Indian journal of veterinary science and animal husbandry - Volume 3,
Year: 1933
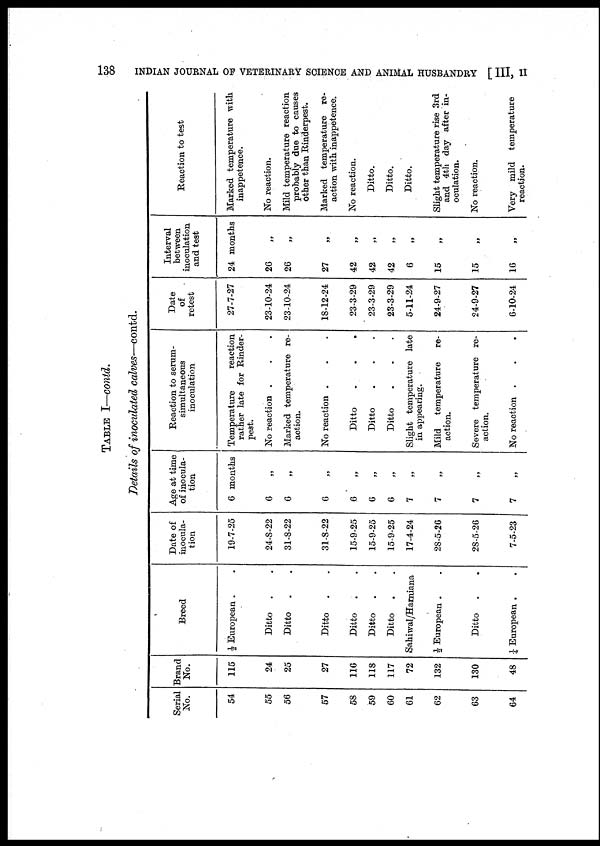
138
INDIAN JOURNAL OF VETERINARY SCIENCE AND ANIMAL HUSBANDRY [ III, II
TABLE I—contd.
Details of inoculated calves—contd.
Serial
No.
54
55
56
57
58
59
60
61
62
63
64
Brand
No.
115
24
25
27
116
118
117
72
132
130
48
Breed
½ European . .
Ditto
. .
Ditto
. .
Ditto
. .
Ditto
. .
Ditto
. .
Ditto
. .
Sahiwal/Harniana
½ European . .
Ditto
. .
¼ European . .
Date of
inocula-
tion
19-7-25
24-8-22
31-8-22
31-8-22
15-9-25
15-9-25
15-9-25
17-4-24
28-5-26
28-5-26
7-5-23
Age at time
of inocula-
tion
6 months
6
„
6 „
6 „
6 „
6 „
6 „
7 „
7 „
7 „
7 „
Reaction to serum-
simultaneous
inoculation
Temperature
reaction
rather late for Rinder-
pest.
No reaction . . .
Marked temperature re-
action.
No reaction . . .
Ditto . . .
Ditto . . .
Ditto . . .
Slight temperature late
in appearing.
Mild temperature
re-
action.
Severe temperature re-
action.
No reaction . . .
Date
of
retest
27-7-27
23-10-24
23-10-24
18-12-24
23-3-29
23-3-29
23-3-29
5-11-24
24-9-27
24-9-27
6-10-24
Interval
between
inoculation
and test
24 months
26 „
26 „
27
„
42 „
42 „
42 „
6
„
15
„
15
„
16
„
Reaction to test
Marked temperature with
inappetence.
No reaction.
Mid temperature reaction
probably due to causes
other than Rinderpest.
Marked temperature re-
action with inappetence.
No reaction.
Ditto.
Ditto.
Ditto.
Slight temperature rise 3rd
and 4th day after in-
oculation.
No reaction.
Very mild temperature
reaction.